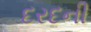
દરદની